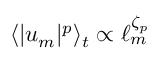
\langle | u _ { m } | ^ { p } \rangle _ { t } \propto \ell _ { m } ^ { \zeta _ { p } }